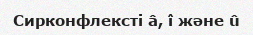
Сирконфлексті â, î және û